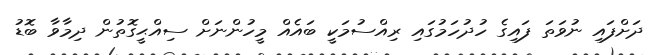
ދަށްފައި ނުވަތަ ފައިގެ ހުދުހަމުގައި ރިއްސުމަކީ ބައެއް މީހުންނަށް ސިއްޙީގޮތުން ދިމާވާ ބޮޑު